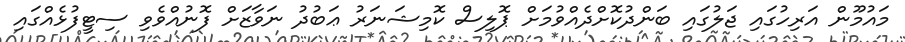
މައުމޫން އަރިހުގައި ޖަލުގައި ބަންދުކޮށްދެއްވުމަށް ޕޮލިސް ކޮމިޝަނަރު ޢަބުދު ނަވާޒަށް ފޮނުއްވެވި ސިޓީފުޅެއްގައި